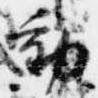
動